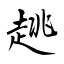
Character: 趒